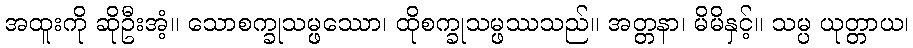
အထူးကို ဆိုဦးအံ့။ သောစက္ခုသမ္ဖဿော၊ ထိုစက္ခုသမ္ဖဿသည်။ အတ္တနာ၊ မိမိနှင့်။ သမ္ပ ယုတ္တာယ၊